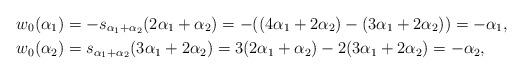
LaTeX: \begin{align*} \footnotesize & w_0(\alpha_1) = -s_{\alpha_1 + \alpha_2}(2\alpha_1 + \alpha_2) = -((4\alpha_1 + 2\alpha_2) - (3\alpha_1 + 2\alpha_2)) = -\alpha_1, \\ & w_0(\alpha_2) = s_{\alpha_1 + \alpha_2}(3\alpha_1 + 2\alpha_2) = 3(2\alpha_1 + \alpha_2) - 2(3\alpha_1 + 2\alpha_2) = -\alpha_2, \end{align*}